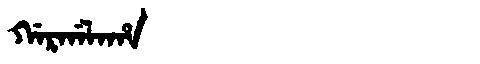
Manchu: ᡤᠠᡵᡤᠠᠯᠠᡥᠠ
Romanization: GARGALAHA